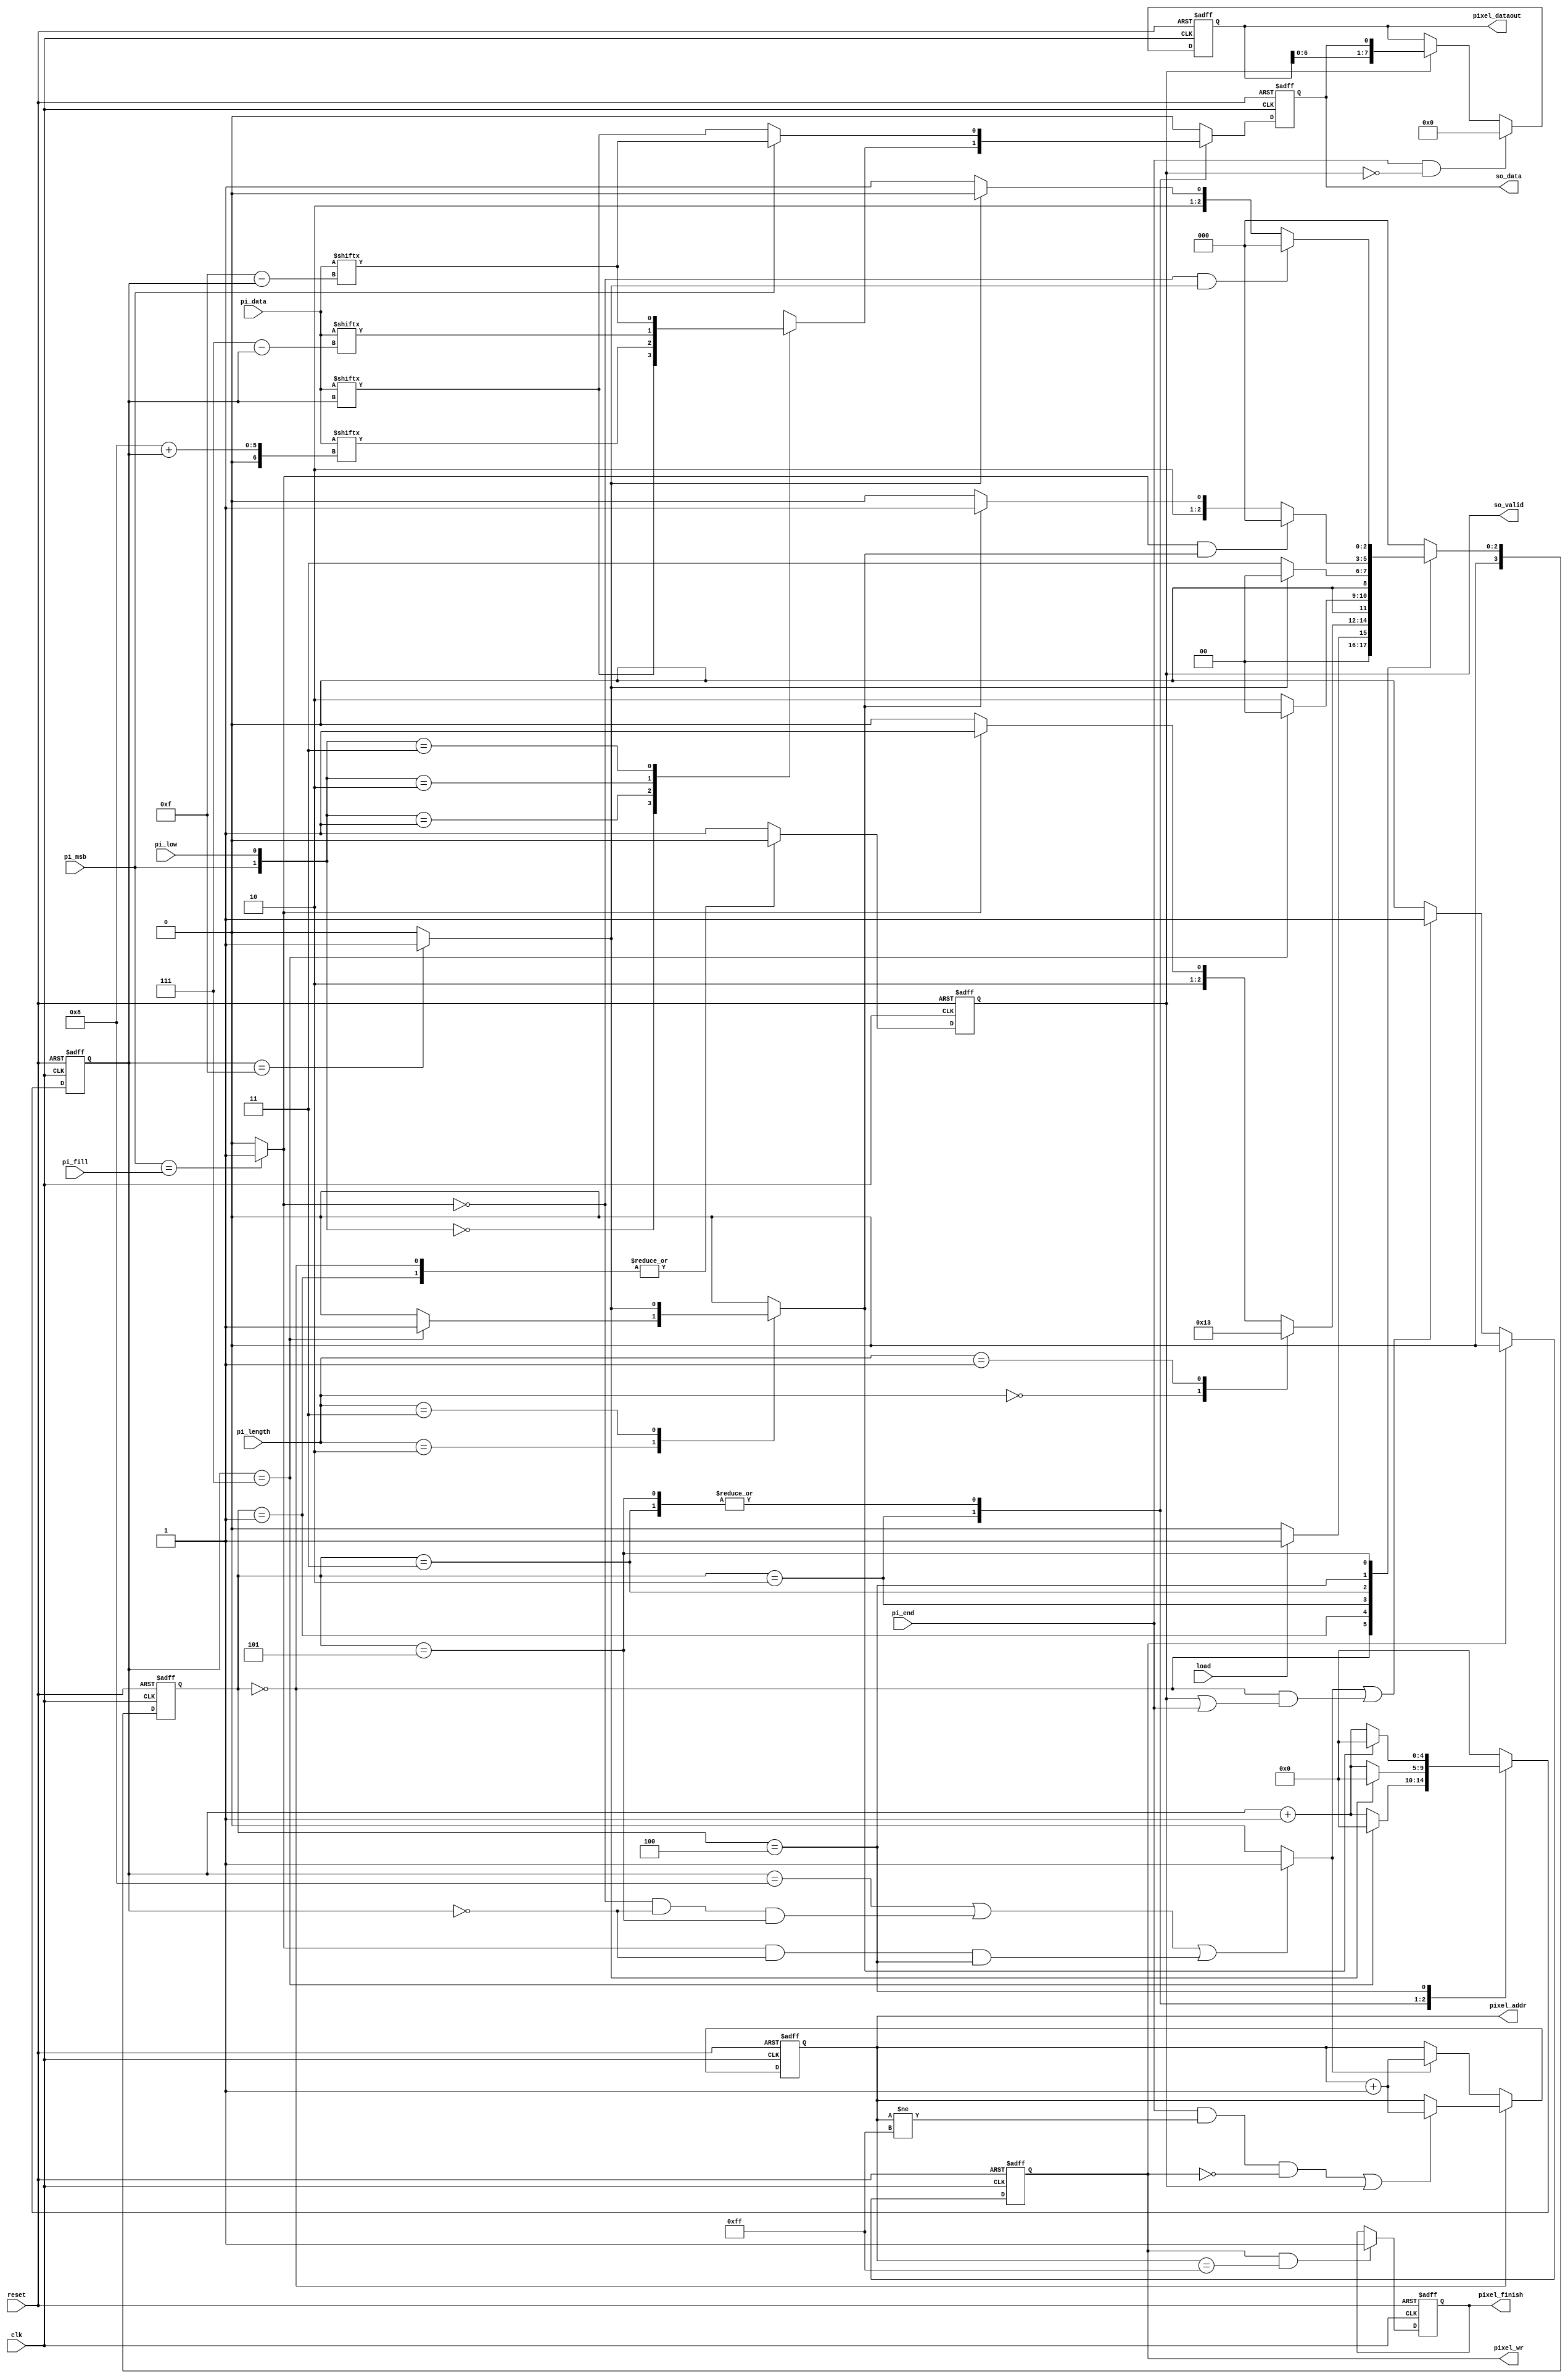
module STI_DAC(
	clk,
	reset, 
	load, 
	pi_data, 
	pi_length, 
	pi_fill, 
	pi_msb, 
	pi_low, 
	pi_end,
	so_data, 
	so_valid,
	pixel_finish, 
	pixel_dataout, 
	pixel_addr,
	pixel_wr
);

//---------------------------------------------------------------------
// Parameter Declaration
//---------------------------------------------------------------------
// 16 states upmost
localparam IDLE 	  = 0;
localparam SELECT 	  = 1;
localparam SEND_8BIT  = 2;
localparam SEND_16BIT = 3;
localparam FILL		  = 4;
localparam DATA 	  = 5;

//---------------------------------------------------------------------
// Input & Output Declaration
//---------------------------------------------------------------------
input  clk;
input  reset;	// high active
input  load;	// when it's high, STI get data
input  pi_msb;	// high ->  /  low <-
input  pi_low;	// valid whem pi_length is 00
input  pi_end; 
input  [15:0]	pi_data;
input  [1:0]	pi_length;	// 00 -> 8bit	01 -> 16bit		10 -> 24bit		11 -> 32bit
input  pi_fill;			// valid when pi_lenght is 10 or 11
output reg so_data;
output reg so_valid;
output reg pixel_finish;
output reg pixel_wr;
output reg [7:0] pixel_addr;
output reg [7:0] pixel_dataout;

//---------------------------------------------------------------------
// Regs & Wires
//---------------------------------------------------------------------
wire process_flag;
wire data_done;
reg  wr_mem_time;
reg  fill_done;
reg  [3:0]   state, next_state;
reg  [5-1:0] cnt;

//---------------------------------------------------------------------
// State Machine
//---------------------------------------------------------------------
always @(posedge clk or posedge reset) begin
	if(reset) state <= IDLE;
	else state <= next_state;
end

always @(*) begin
	case(state)
		IDLE:			next_state = (load) ? SELECT : IDLE;
		SELECT:			begin
							case (pi_length)
								2'd0:	 next_state = SEND_8BIT;
								2'd1:	 next_state = SEND_16BIT;
								default: next_state = (process_flag) ? DATA : FILL;
							endcase
						end
		SEND_8BIT:		begin
							next_state = (cnt == 5'd7) ? IDLE : SEND_8BIT;
						end
		SEND_16BIT:		begin
							next_state = (data_done) ? IDLE : SEND_16BIT;
						end
		FILL:			begin
							if(process_flag && fill_done) begin
								next_state = IDLE;								 
							end else begin
								next_state = (fill_done) ? DATA : FILL;								
							end
						end
		DATA:			begin
							if(~process_flag && data_done) begin
								next_state = IDLE;								 
							end else begin
								next_state = (data_done) ? FILL : DATA;		
							end
						end
		default:		next_state = IDLE;
	endcase
end

//---------------------------------------------------------------------
//	Serial Transmitter Interface
//---------------------------------------------------------------------
// input	load;	// when it's high, STI get data
// input	pi_msb;	// high ->  /  low <-
// input	pi_low,	// valid whem pi_length is 00
// input 	pi_end; 
// input	[15:0]	pi_data;
// input	[1:0]	pi_length;	// 00 -> 8bit	01 -> 16bit		10 -> 24bit		11 -> 32bit
// input	pi_fill;			// valid when pi_lenght is 10 or 11
// output	so_data;
always @(posedge clk or posedge reset) begin
	if(reset) begin
		so_data <= 1'b0;
	end	else begin
		case(state)
			SEND_8BIT:		begin
								case({pi_msb,pi_low})
									2'b00:	so_data <= pi_data[cnt];
									2'b01:	so_data <= pi_data[8 + cnt];
									2'b10:	so_data <= pi_data[7 - cnt];
									2'b11:	so_data <= pi_data[15 - cnt];
								endcase
							end
			SEND_16BIT:		begin
								if(pi_msb) begin
									so_data <= pi_data[15-cnt];
								end else begin
									so_data <= pi_data[cnt];
								end
							end
			DATA:			begin
								if(pi_msb) begin
									so_data <= pi_data[15-cnt];
								end else begin
									so_data <= pi_data[cnt];
								end
							end
			default:		so_data <= 1'b0;
		endcase
	end
end

// output 	so_valid;
always @(posedge clk or posedge reset) begin
	if(reset) begin
		so_valid <= 1'b0;
	end else begin
		case(state)
			IDLE,		
			SELECT:		so_valid <= 1'b0;
			default:	so_valid <= 1'b1;
		endcase
	end
end

//---------------------------------------------------------------------
// Data Arrange Controller
//---------------------------------------------------------------------
// output reg pixel_finish;
always @(negedge clk or posedge reset) begin
	if(reset) begin
		pixel_finish <= 1'b0;
	end else if(pixel_wr && pixel_addr == 8'd255) begin
		pixel_finish <= 1'b1;
	end
end

// output reg pixel_wr;
always @(posedge clk or posedge reset) begin
	if(reset) begin
		pixel_wr <= 1'b0;
	end else if(pixel_wr) begin
		pixel_wr <= 1'b0;
	end else if(wr_mem_time || (state == IDLE && (so_valid || pi_end))) begin
		pixel_wr <= 1'b1;
	end
end

// output reg [7:0] pixel_dataout;
always @(negedge clk or posedge reset) begin
	if(reset) begin
		pixel_dataout <= 8'd0;
	end else if(pi_end && ~so_valid) begin
		pixel_dataout <= 8'd0;
	end else if(so_valid) begin
		pixel_dataout <= {pixel_dataout[6:0], so_data};
	end
end

// output reg [7:0] pixel_addr;
always @(negedge clk or posedge reset) begin
	if(reset) begin
		pixel_addr <= 8'd255;
	end else begin
		case(state)
			IDLE:		pixel_addr <= ((pi_end && pixel_addr != 8'd255 && ~pixel_wr) || so_valid) ? pixel_addr + 8'd1 : pixel_addr;
			default:	pixel_addr <= (wr_mem_time) ? pixel_addr + 8'd1 : pixel_addr;
		endcase
	end
end

//---------------------------------------------------------------------
// Flags & Counter
//---------------------------------------------------------------------
//reg [5-1:0] cnt;
always @(posedge clk or posedge reset) begin
	if(reset) cnt <= 5'd0;
	else begin
		case (state)
			SEND_8BIT:	cnt <= (cnt == 5'd7) ? 5'd0 : cnt + 5'd1;
			SEND_16BIT:	cnt <= (data_done) ? 5'd0 : cnt + 5'd1;
			DATA:		cnt <= (data_done) ? 5'd0 : cnt + 5'd1;		
			FILL:		cnt <= (fill_done) ? 5'd0 : cnt + 5'd1;
			default:	cnt <= 5'd0;
		endcase
	end
end

//wire wr_mem_time;
//assign wr_mem_time = (cnt == 5'd8 || cnt == 5'd16 || cnt == 5'd24) ? 1'b1 : 1'b0;
always @(*) begin
	wr_mem_time = (cnt == 5'd8 || (~process_flag && cnt == 5'd0 && state == DATA) || (process_flag && cnt == 5'd0 && state == FILL)) ? 1'b1 : 1'b0;
end

//wire data_done;
assign data_done = (cnt == 5'd15) ? 1'b1 : 1'b0;

//reg fill_done;
always @(*) begin
	case (pi_length)
		2'd2:		fill_done = (cnt == 5'd7) ? 1'b1 : 1'b0;
		2'd3:		fill_done = (cnt == 5'd15) ? 1'b1 : 1'b0;
		default:	fill_done = 1'b0;
	endcase
end

//wire process_flag;
assign process_flag = (pi_msb == pi_fill) ? 1'b1 : 1'b0;

endmodule